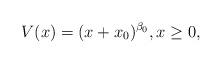
LaTeX: \begin{align*}V(x) = (x + x_0)^{\beta_0},x \ge 0,\end{align*}